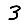
Digit: 3